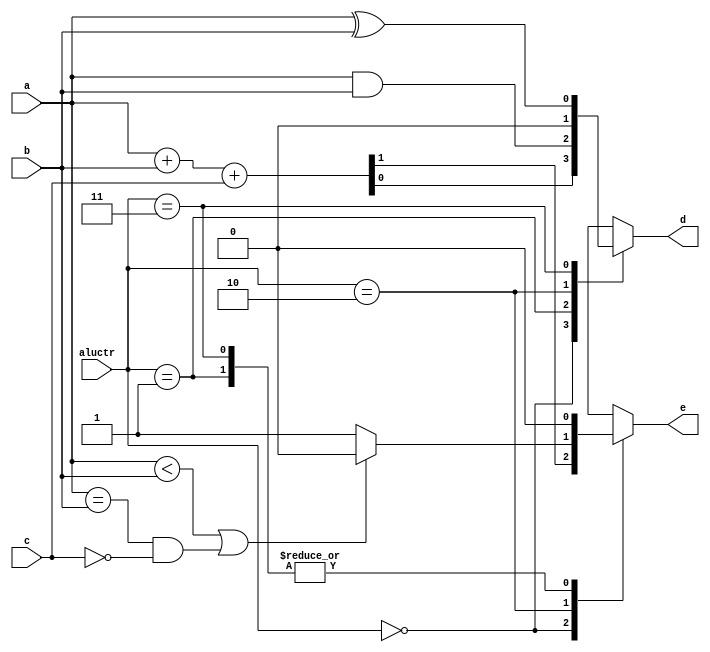
module lab1_b1 (a, b, c, aluctr, d, e);
    input a, b, c;
    input [1:0] aluctr;
    output d, e;
    reg d, e;

    always @(*) begin
        case (aluctr)
            2'b00 : {e, d} = a + b + c;  
            2'b01 : begin
                d = a & b;
                e = 1'b0;
            end
            2'b10 : begin
                d = 1'b0;
                e = (a < b || (a == b && c == 0)) ? 1'b0 : 1'b1;
            end
            2'b11 : begin
                d = a ^ b;
                e = 1'b0;
            end
        endcase
    end
endmodule